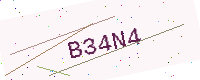
Text: B34N4